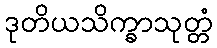
ဒုတိယသိက္ခာသုတ္တံ